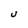
Character: U